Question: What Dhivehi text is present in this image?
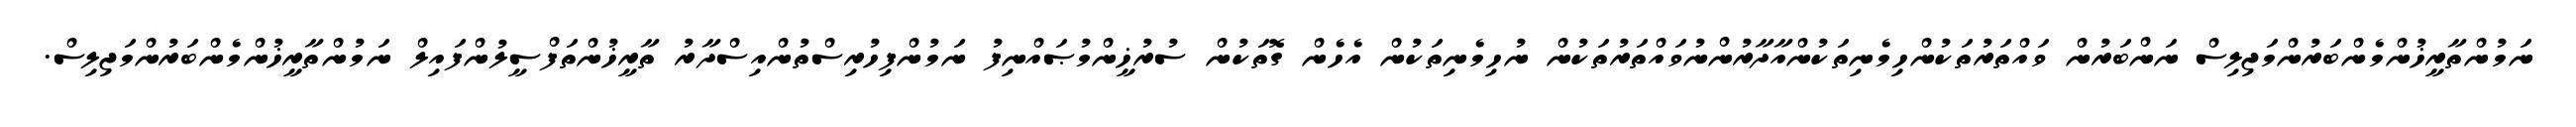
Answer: ނަމުންތާރީޚުންމެންބަރުންމަޖިލިސް ނަންބަރުން ވައްތަރުތަކުންހިމެނިތަކުންއާދާރުންނުވައްތަރުތަކުން ނުހިމެނިތަކުން އެހެން ގޮތަކުން ސުރުޚީންމުޞައްނިފު ނަމުންފިހުރިސްތުންއިސްދާރު ތާރީޚުންތަފްސީލުންފައިލް ނަމުންތާރީޚުންމެންބަރުންމަޖިލިސް.